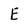
Character: E